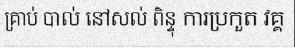
គ្រាប់ បាល់ នៅសល់ ពិន្ទុ ការប្រកួត វគ្គ